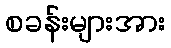
စခန်းများအား